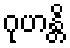
ဂုဟန္တိ